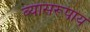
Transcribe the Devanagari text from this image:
व्यासरूपाय